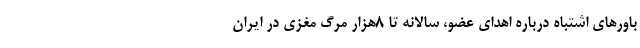
باورهای اشتباه درباره اهدای عضو، سالانه تا 8هزار مرگ مغزی در ایران